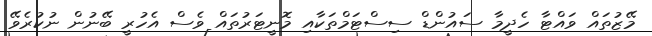
މޭޒުތައް ވައްޓާ ހެދީމާ ސައުންޑް ސިސްޓަމްތަކާއި މޮނީޓަރުތައް ވެސް އެހުރީ ބޭނުން ނުކުރެވޭ